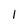
Character: 1